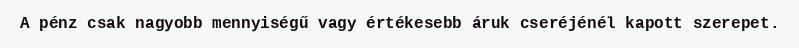
A pénz csak nagyobb mennyiségű vagy értékesebb áruk cseréjénél kapott szerepet.